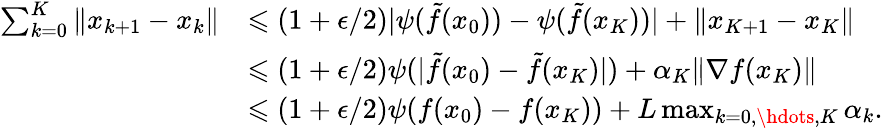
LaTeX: \begin{array}{rl}{\sum_{k=0}^{K}\| x_{k+1}-x_{k}\| }&{\leqslant(1+\epsilon/2)|\psi(\tilde{f}(x_{0}))-\psi(\tilde{f}(x_{K}))|+\| x_{K+1}-x_{K}\| }\\ &{\leqslant(1+\epsilon/2)\psi(|\tilde{f}(x_{0})-\tilde{f}(x_{K})|)+\alpha_{K}\| \nabla f(x_{K})\| }\\ &{\leqslant(1+\epsilon/2)\psi(f(x_{0})-f(x_{K}))+L\operatorname*{max}_{k=0,\hdots,K}\alpha_{k}.}\end{array}